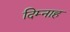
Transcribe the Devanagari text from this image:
दिम्नाह